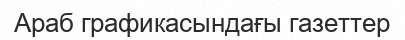
Араб графикасындағы газеттер